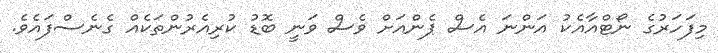
މިފަހަރުގެ ނޯޓްއާއެކު އަންނަ އެސް ޕެންއަށް ވެސް ވަނީ ބޮޑު ކުރިއެެރުންތަކެއް ގެނެސްފައެވެ.